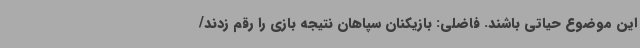
این موضوع حیاتی باشند. فاضلی: بازیکنان سپاهان نتیجه بازی را رقم زدند/